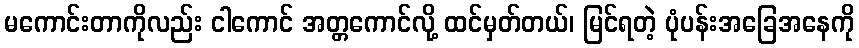
မကောင်းတာကိုလည်း ငါကောင် အတ္တကောင်လို့ ထင်မှတ်တယ်၊ မြင်ရတဲ့ ပုံပန်းအခြေအနေကို